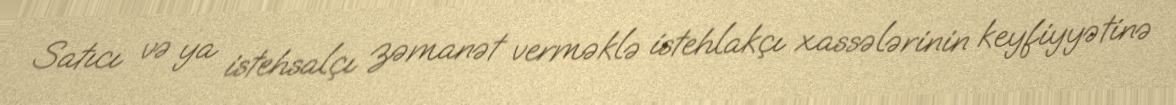
Satıcı və ya istehsalçı zəmanət verməklə istehlakçı xassələrinin keyfiyyətinə